Plague in India, 1896, 1897 - Volume 2
Year: 1896
Disease focus: Plague
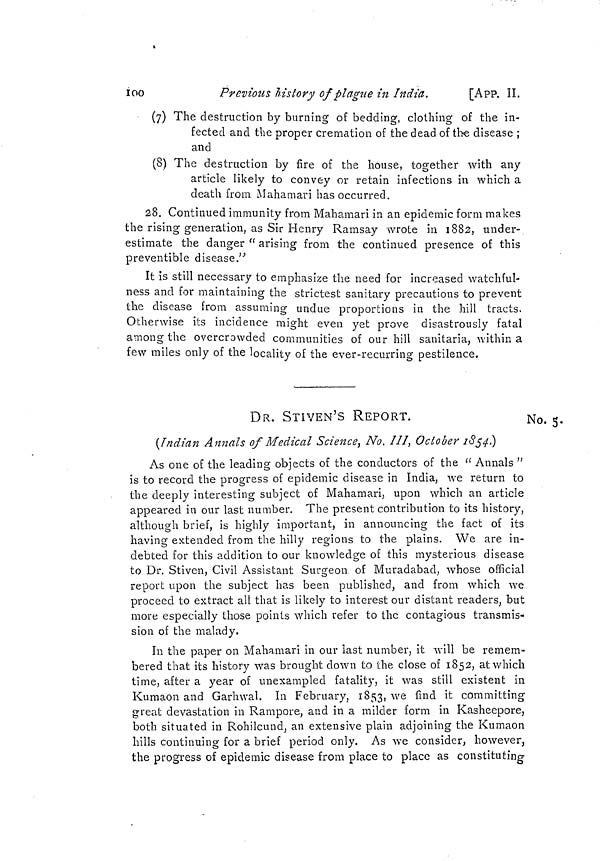
100
Previous history of plague in Indict.
[App. II.
(7) The destruction by burning of bedding, clothing of the in-
fected and the proper cremation of the dead of the disease ;
and
(8) The destruction by fire of the house, together with any
article likely to convey or retain infections in which a
death from Mahamari has occurred.
28. Continued immunity from Mahamari in an epidemic form makes
the rising generation, as Sir Henry Ramsay wrote in 1882, under-
estimate the danger " arising from the continued presence of this
preventible diseased"
It is still necessary to emphasize the need for increased watchful-
ness and for maintaining the strictest sanitary precautions to prevent
the disease from assuming undue proportions in the hill tracts,
Otherwise its incidence might even yet prove disastrously fatal
among the overcrowded communities of our hill sanitaria, within a
few miles only of the locality of the ever-recurring pestilence.
DR. STIVEN'S REPORT.
No. 5.
(Indian Annals of Medical Science, No. III, October 1854)
As one of the leading objects of the conductors of the "Annals "
is to record the progress of epidemic disease in India, we return to
the deeply interesting subject of Mahamari, upon which an article
appeared in our last number. The present contribution to its history,
although brief, is highly important, in announcing the fact of its
having extended from the hilly regions to the plains. We are in-
debted for this addition to our knowledge of this mysterious disease
to Dr. Stiven, Civil Assistant Surgeon of Muradabad, whose official
report upon the subject has been published, and from which we
proceed to extract all that is likely to interest our distant readers, but
more especially those points which refer to the contagious transmis-
sion of the malady.
In the paper on Mahamari in our last number, it will be remem-
bered that its history was brought down to the close of 1852, at which
time, after a year of unexampled fatality, it was still existent in
Kumaon and Garhwal. In February, 1853, we find it committing
great devastation in Rampore, and in a milder form in Kasheepore,
both situated in Rohilcund, an extensive plain adjoining the Kumaon
hills continuing for a brief period only. As we consider, however,
the progress of epidemic disease from place to place as constituting